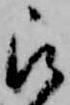
被